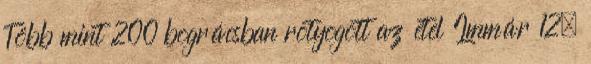
Több mint 200 bográcsban rotyogott az étel Immár 12.